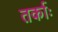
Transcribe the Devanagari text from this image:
तर्काः